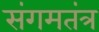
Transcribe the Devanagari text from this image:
संगमतंत्र